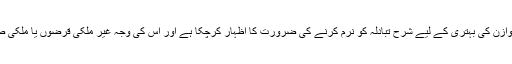
آئی ایم ایف بھی بیرونی عدم توازن کی بہتری کے لیے شرح تبادلہ کو نرم کرنے کی ضرورت کا اظہار کرچکا ہے اور اس کی وجہ غیر ملکی قرضوں یا ملکی صورتحال کو قرار دیا گیا ہے۔